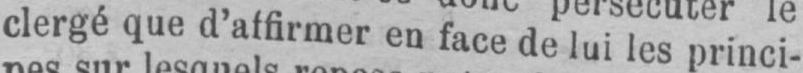
clergé que d’affirmer en face de lui les princi-